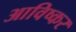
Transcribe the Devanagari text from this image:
आविष्कर